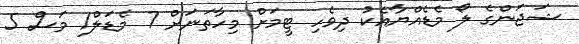
ޝަޖަންގެ ލޯ މެޑެއްޔާއެކު ދިވެހި ޓީމަށް މިހާތަނަށް 7 މެޑަލް1 މަސް 5